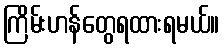
ကြိမ်းဟန်တွေရထားရမယ်။